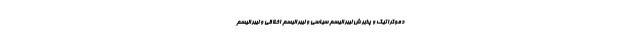
دموکراتیک و پذیرش لیبرالیسم سیاسی و لیبرالیسم اخلاقی و لیبرالیسم